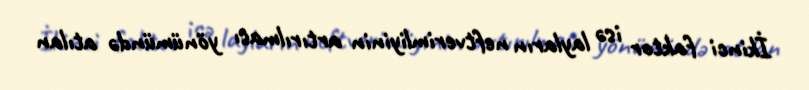
İkinci faktor isə layların neftverimliyinin artırılması yönümündə atılan